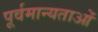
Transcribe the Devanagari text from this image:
पूर्वमान्यताओं